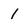
Character: I